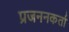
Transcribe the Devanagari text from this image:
प्रजननकर्ता